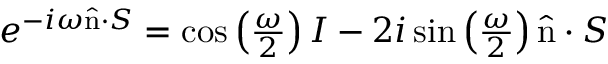
\begin{array} { r } { e ^ { - i \omega \hat { \mathrm { n } } \cdot S } = \cos \left( \frac { \omega } { 2 } \right) I - 2 i \sin \left( \frac { \omega } { 2 } \right) \hat { \mathrm { n } } \cdot S } \end{array}